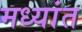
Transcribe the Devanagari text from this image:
मध्यांत